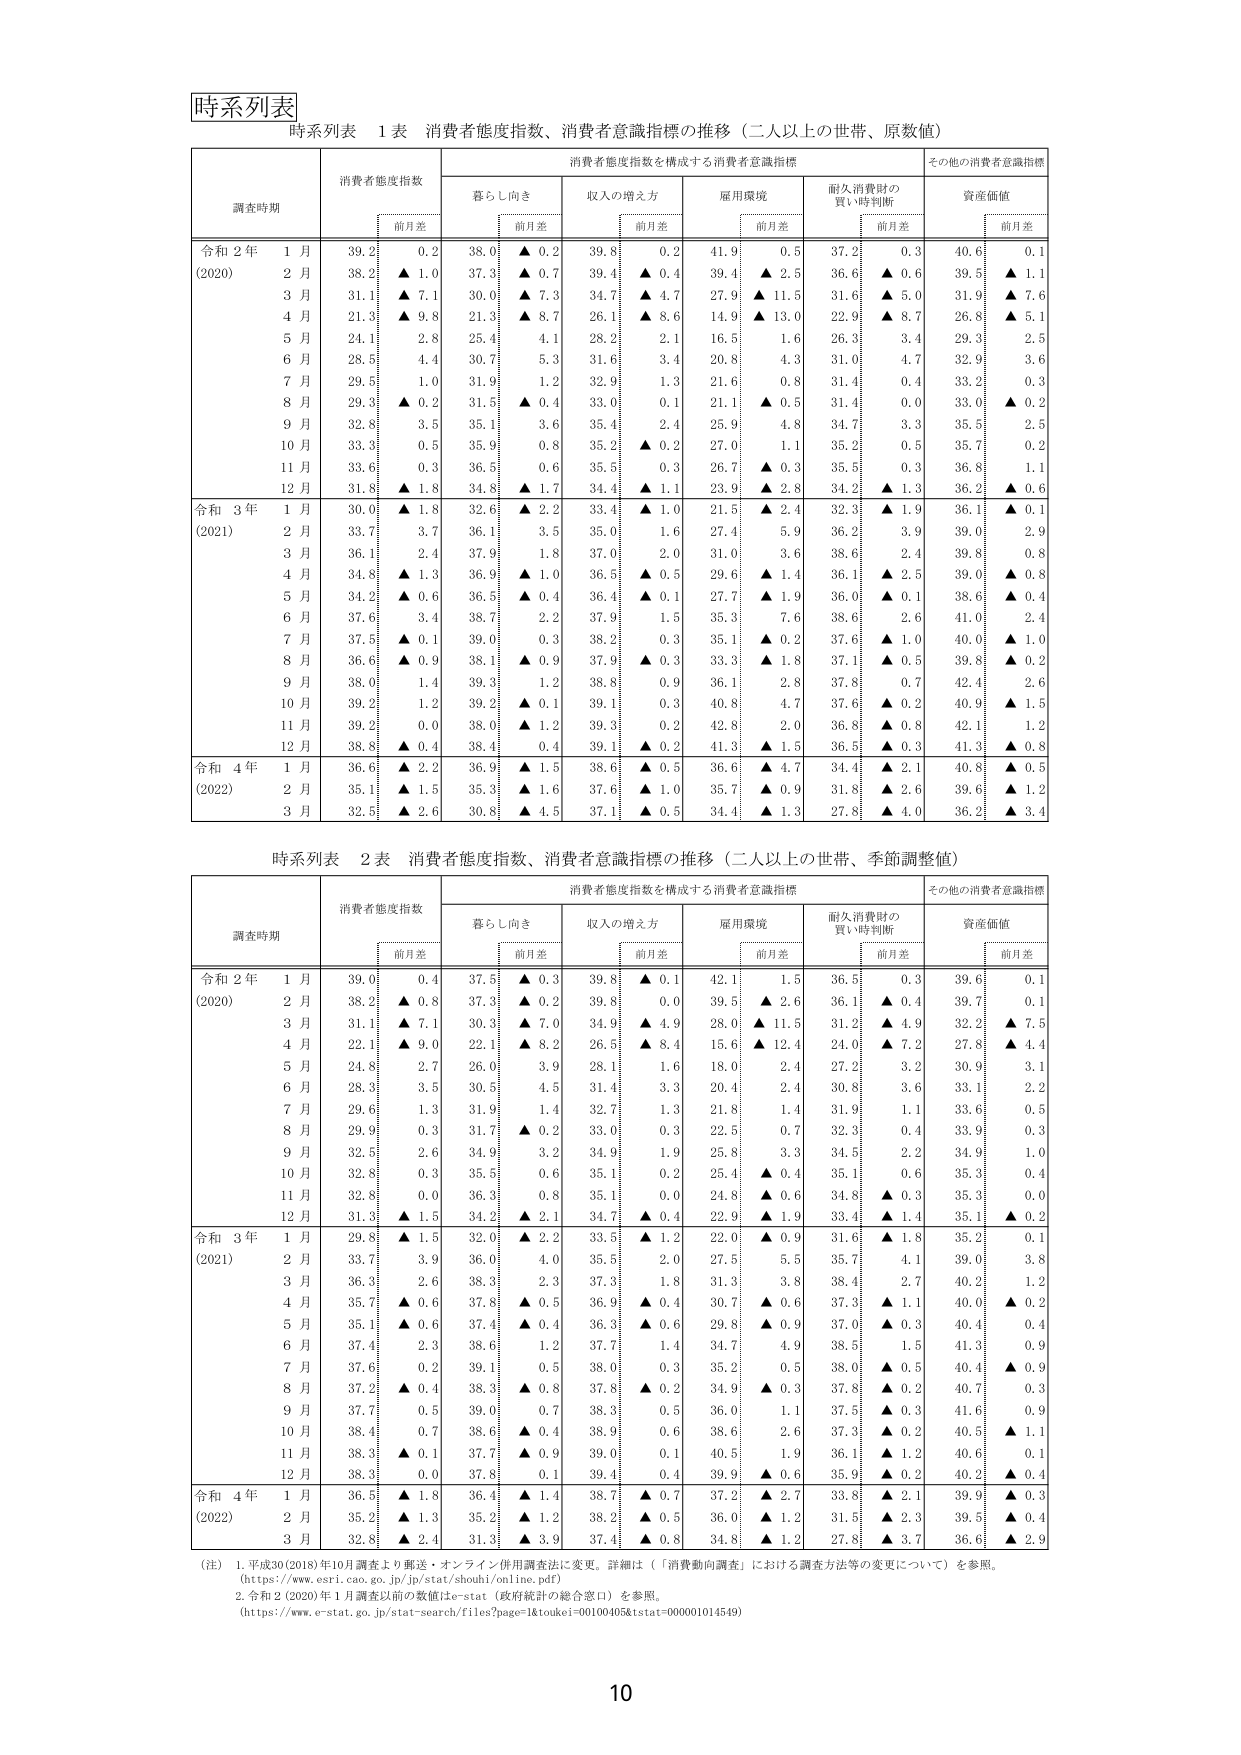
時系列表
時系列表 1 表 消費者態度指数、消費者意識指標の推移（二人以上の世帯、原数値）
調査時期 消費者態度指数 消費者態度指数を構成する消費者意識指標 その他の消費者意識指標
前月差 暮らし向き 前月差 収入の増え方 前月差 雇用環境 前月差 耐久消費財の買い時判断 前月差 資産価値 前月差
令和 2年 1月 39.2 0.2 38.0 ▲ 0.2 39.8 0.2 41.9 0.5 37.2 0.3 40.6 0.1
(2020) 2月 38.2 ▲ 1.0 37.3 ▲ 0.7 39.4 ▲ 0.4 39.4 ▲ 2.5 36.6 ▲ 0.6 39.5 ▲ 1.1
3月 31.1 ▲ 7.1 30.0 ▲ 7.3 34.7 ▲ 4.7 27.9 ▲ 11.5 31.6 ▲ 5.0 31.9 ▲ 7.6
4月 21.3 ▲ 9.8 21.3 ▲ 8.7 26.1 ▲ 8.6 14.9 ▲ 13.0 22.9 ▲ 8.7 26.8 ▲ 5.1
5月 24.1 2.8 25.4 4.1 28.2 2.1 16.5 1.6 26.3 3.4 29.3 2.5
6月 28.5 4.4 30.7 5.3 31.6 3.4 20.8 4.3 31.0 4.7 32.9 3.6
7月 29.5 1.0 31.9 1.2 32.9 1.3 21.6 0.8 31.4 0.4 33.2 0.3
8月 29.3 ▲ 0.2 31.5 ▲ 0.4 33.0 0.1 21.1 ▲ 0.5 31.4 0.0 33.0 ▲ 0.2
9月 32.8 3.5 35.1 3.6 35.4 2.4 25.9 4.8 34.7 3.3 35.5 2.5
10月 33.3 0.5 35.9 0.8 35.2 ▲ 0.2 27.0 1.1 35.2 0.5 35.7 0.2
11月 33.6 0.3 36.5 0.6 35.5 0.3 26.7 ▲ 0.3 35.5 0.3 36.8 1.1
12月 31.8 ▲ 1.8 34.8 ▲ 1.7 34.4 ▲ 1.1 23.9 ▲ 2.8 34.2 ▲ 1.3 36.2 ▲ 0.6
令和 3年 1月 30.0 ▲ 1.8 32.6 ▲ 2.2 33.4 ▲ 1.0 21.5 ▲ 2.4 32.3 ▲ 1.9 36.1 ▲ 0.1
(2021) 2月 33.7 3.7 36.1 3.5 35.0 1.6 27.4 5.9 36.2 3.9 39.0 2.9
3月 36.1 2.4 37.9 1.8 37.0 2.0 31.0 3.6 38.6 2.4 39.8 0.8
4月 34.8 ▲ 1.3 36.9 ▲ 1.0 36.5 ▲ 0.5 29.6 ▲ 1.4 36.1 ▲ 2.5 39.0 ▲ 0.8
5月 34.2 ▲ 0.6 36.5 ▲ 0.4 36.4 ▲ 0.1 27.7 ▲ 1.9 36.0 ▲ 0.1 38.6 ▲ 0.4
6月 37.6 3.4 38.7 2.2 37.9 1.5 35.3 7.6 38.6 2.6 41.0 2.4
7月 37.5 ▲ 0.1 39.0 0.3 38.2 0.3 35.1 ▲ 0.2 37.6 ▲ 1.0 40.0 ▲ 1.0
8月 36.6 ▲ 0.9 38.1 ▲ 0.9 37.9 ▲ 0.3 33.3 ▲ 1.8 37.1 ▲ 0.5 39.8 ▲ 0.2
9月 38.0 1.4 39.3 1.2 38.8 0.9 36.1 2.8 37.8 0.7 42.4 2.6
10月 39.2 1.2 39.2 ▲ 0.1 39.1 0.3 40.6 4.7 37.6 ▲ 0.2 40.9 ▲ 1.5
11月 39.2 0.0 38.0 ▲ 1.2 39.3 0.2 42.8 2.0 36.8 ▲ 0.8 42.1 1.2
12月 38.8 ▲ 0.4 38.4 ▲ 0.4 39.1 ▲ 0.2 41.3 ▲ 1.5 36.5 ▲ 0.3 41.3 ▲ 0.8
令和 4年 1月 36.6 ▲ 2.2 36.9 ▲ 1.5 38.6 ▲ 0.5 36.6 ▲ 4.7 34.4 ▲ 2.1 40.8 ▲ 0.5
(2022) 2月 35.1 ▲ 1.5 35.3 ▲ 1.6 37.6 ▲ 1.0 35.7 ▲ 0.9 31.8 ▲ 2.6 39.6 ▲ 1.2
3月 32.5 ▲ 2.6 30.8 ▲ 4.5 37.1 ▲ 0.5 34.4 ▲ 1.3 27.8 ▲ 4.0 36.2 ▲ 3.4

時系列表 2 表 消費者態度指数、消費者意識指標の推移（二人以上の世帯、季節調整値）
調査時期 消費者態度指数 消費者態度指数を構成する消費者意識指標 その他の消費者意識指標
前月差 暮らし向き 前月差 収入の増え方 前月差 雇用環境 前月差 耐久消費財の買い時判断 前月差 資産価値 前月差
令和 2年 1月 39.0 0.4 37.5 ▲ 0.3 39.8 ▲ 0.1 42.1 1.5 36.5 0.3 39.6 0.1
(2020) 2月 38.2 ▲ 0.8 37.3 ▲ 0.2 39.8 0.0 39.5 ▲ 2.6 36.1 ▲ 0.4 39.7 0.1
3月 31.1 ▲ 7.1 30.3 ▲ 7.0 34.9 ▲ 4.9 28.0 ▲ 11.5 31.2 ▲ 4.9 32.2 ▲ 7.5
4月 22.1 ▲ 9.0 22.1 ▲ 8.2 26.5 ▲ 8.4 15.6 ▲ 12.4 24.0 ▲ 7.2 27.8 ▲ 4.4
5月 24.8 2.7 26.0 3.9 28.1 1.6 18.0 2.4 27.2 3.2 30.9 3.1
6月 28.3 3.5 30.5 4.5 31.4 3.3 20.4 2.4 30.8 3.6 33.1 2.2
7月 29.6 1.3 31.9 1.4 32.7 1.3 21.8 1.4 31.9 1.1 33.6 0.5
8月 29.9 0.3 31.7 ▲ 0.2 33.0 0.3 22.5 0.7 32.3 0.4 33.9 0.3
9月 32.5 2.6 34.9 3.2 34.9 1.9 25.8 3.3 34.5 2.2 34.9 1.0
10月 32.8 0.3 35.5 0.6 35.1 0.2 25.4 ▲ 0.4 35.1 0.6 35.3 0.4
11月 32.8 0.0 36.3 0.8 35.1 0.0 24.8 ▲ 0.6 34.8 ▲ 0.3 35.3 0.0
12月 31.3 ▲ 1.5 34.2 ▲ 2.1 34.7 ▲ 0.4 22.9 ▲ 1.9 33.4 ▲ 1.4 35.1 ▲ 0.2
令和 3年 1月 29.8 ▲ 1.5 32.0 ▲ 2.2 33.5 ▲ 1.2 22.0 ▲ 0.9 31.6 ▲ 1.8 35.2 0.1
(2021) 2月 33.7 3.9 36.0 4.0 35.5 2.0 27.5 5.5 35.7 4.1 39.0 3.8
3月 36.3 2.6 38.3 2.3 37.3 1.8 31.3 3.8 38.4 2.7 40.2 1.2
4月 35.7 ▲ 0.6 37.8 ▲ 0.5 36.9 ▲ 0.4 30.7 ▲ 0.6 37.3 ▲ 1.1 40.0 ▲ 0.2
5月 35.1 ▲ 0.6 37.4 ▲ 0.4 36.3 ▲ 0.6 29.8 ▲ 0.9 37.0 ▲ 0.3 40.4 0.4
6月 37.4 2.3 38.6 1.2 37.7 1.4 34.7 4.9 38.5 1.5 41.3 0.9
7月 37.6 0.2 39.1 0.5 38.0 0.3 35.2 0.5 38.0 ▲ 0.5 40.4 ▲ 0.9
8月 37.2 ▲ 0.4 38.3 ▲ 0.8 37.8 ▲ 0.2 34.0 ▲ 0.3 37.8 ▲ 0.2 40.7 0.3
9月 37.7 0.5 39.0 0.7 38.3 0.5 36.0 1.1 37.5 ▲ 0.3 41.6 0.9
10月 38.4 0.7 38.6 ▲ 0.4 38.9 0.6 38.6 2.6 37.3 ▲ 0.2 40.5 ▲ 1.1
11月 38.3 ▲ 0.1 37.1 ▲ 0.9 39.0 0.1 40.5 1.9 36.1 ▲ 1.2 40.6 0.1
12月 38.3 0.0 37.8 0.1 39.4 0.4 39.9 ▲ 0.6 35.9 ▲ 0.2 40.2 ▲ 0.4
令和 4年 1月 36.5 ▲ 1.8 36.4 ▲ 1.4 38.7 ▲ 0.7 37.2 ▲ 2.7 33.8 ▲ 2.1 39.9 ▲ 0.3
(2022) 2月 35.2 ▲ 1.3 35.2 ▲ 1.2 38.2 ▲ 0.5 36.0 ▲ 1.2 31.5 ▲ 2.3 39.5 ▲ 0.4
3月 32.8 ▲ 2.4 31.3 ▲ 3.9 37.4 ▲ 0.8 34.8 ▲ 1.2 27.8 ▲ 3.7 36.6 ▲ 2.9

（注）1. 平成30（2018）年10月調査より郵送・オンライン併用調査法に変更。詳細は（「消費動向調査」における調査方法等の変更について）を参照。
（https://www.esri.cao.go.jp/jp/stat/shouhi/online.pdf）
2. 令和2（2020）年1月調査以前の数値はe-stat（政府統計の総合窓口）を参照。
（https://www.e-stat.go.jp/stat-search/files?page=1&toukei=00100405&tstat=000001014549）
10